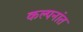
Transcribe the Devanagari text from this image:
कल्पनांत